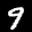
Digit: 9